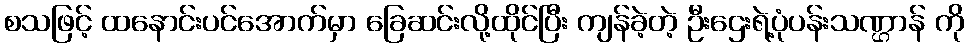
စသဖြင့် ထနောင်းပင်အောက်မှာ ခြေဆင်းလို့ထိုင်ပြီး ကျန်ခဲ့တဲ့ ဦးဌေးရဲ့ပုံပန်းသဏ္ဌာန် ကို